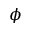
\phi